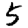
Digit: 5